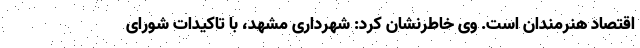
اقتصاد هنرمندان است. وی خاطرنشان کرد: شهرداری مشهد، با تاکیدات شورای